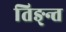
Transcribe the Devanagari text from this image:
तिङ्न्त